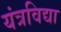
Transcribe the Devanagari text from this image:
यंत्रविद्या